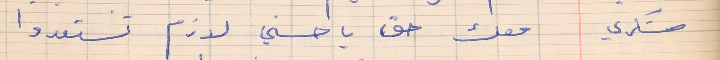
شكري    معك حق يا حسني لازم تستعدوا